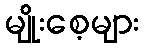
မျိုးစေ့များ